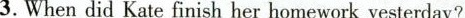
3.Whendid Kate finish her homework yesterday?